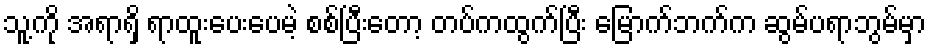
သူ့ကို အရာရှိ ရာထူးပေးပေမဲ့ စစ်ပြီးတော့ တပ်ကထွက်ပြီး မြောက်ဘက်က ဆွမ်ပရာဘွမ်မှာ